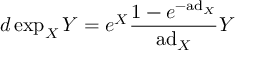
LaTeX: d \exp _ { X } Y = e ^ { X } { \frac { 1 - e ^ { - \mathrm { a d } _ { X } } } { \mathrm { a d } _ { X } } } Y